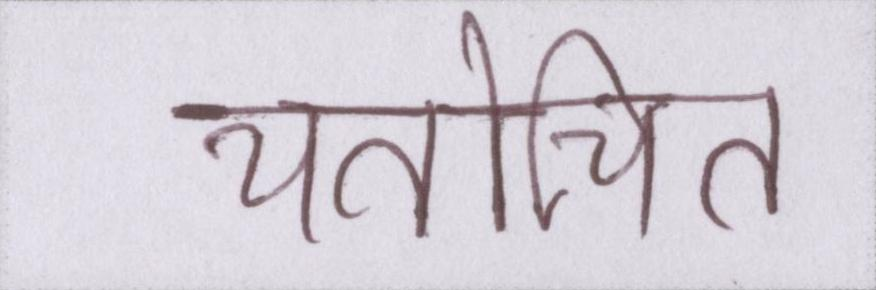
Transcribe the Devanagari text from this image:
यतोचित